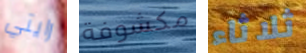
رايتي مكشوفة ثلاثاء